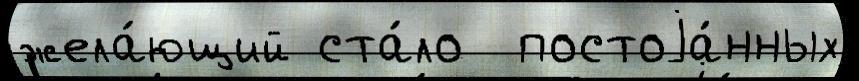
жела́ющий ста́ло  постоjа́нных